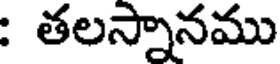
: తలస్నానము